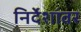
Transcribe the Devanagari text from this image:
निर्देशांवर